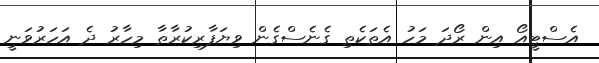
އެސްޓީއޯ އިން ރޯދަ މަހު އެތަކެތި ގެނެސްގެން ވިޔަފާރިކުރާތާ މިހާރު ދެ އަހަރުވަނީ